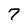
Character: 7